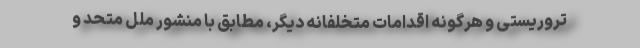
تروریستی و هرگونه اقدامات متخلفانه دیگر، مطابق با منشور ملل متحد و